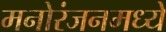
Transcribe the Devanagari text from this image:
मनोरंजनमध्ये